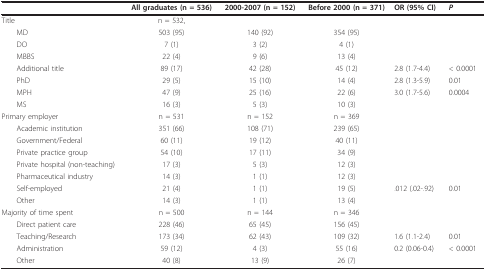
<table><thead><tr><td>[EMPTY_CELL]</td><td><b>All graduates (n = 536)</b></td><td><b>2000-2007 (n = 152)</b></td><td><b>Before 2000 (n = 371)</b></td><td><b>OR (95% CI)</b></td><td><b><i>P</i></b></td></tr></thead><tbody><tr><td>Title</td><td>n = 532,</td><td>[EMPTY_CELL]</td><td>[EMPTY_CELL]</td><td>[EMPTY_CELL]</td><td>[EMPTY_CELL]</td></tr><tr><td> MD</td><td>503 (95)</td><td>140 (92)</td><td>354 (95)</td><td>[EMPTY_CELL]</td><td>[EMPTY_CELL]</td></tr><tr><td> DO</td><td>7 (1)</td><td>3 (2)</td><td>4 (1)</td><td>[EMPTY_CELL]</td><td>[EMPTY_CELL]</td></tr><tr><td> MBBS</td><td>22 (4)</td><td>9 (6)</td><td>13 (4)</td><td>[EMPTY_CELL]</td><td>[EMPTY_CELL]</td></tr><tr><td> Additional title</td><td>89 (17)</td><td>42 (28)</td><td>45 (12)</td><td>2.8 (1.7-4.4)</td><td>&lt; 0.0001</td></tr><tr><td> PhD</td><td>29 (5)</td><td>15 (10)</td><td>14 (4)</td><td>2.8 (1.3-5.9)</td><td>0.01</td></tr><tr><td> MPH</td><td>47 (9)</td><td>25 (16)</td><td>22 (6)</td><td>3.0 (1.7-5.6)</td><td>0.0004</td></tr><tr><td> MS</td><td>16 (3)</td><td>5 (3)</td><td>10 (3)</td><td>[EMPTY_CELL]</td><td>[EMPTY_CELL]</td></tr><tr><td>Primary employer</td><td>n = 531</td><td>n = 152</td><td>n = 369</td><td>[EMPTY_CELL]</td><td>[EMPTY_CELL]</td></tr><tr><td> Academic institution</td><td>351 (66)</td><td>108 (71)</td><td>239 (65)</td><td>[EMPTY_CELL]</td><td>[EMPTY_CELL]</td></tr><tr><td> Government/Federal</td><td>60 (11)</td><td>19 (12)</td><td>40 (11)</td><td>[EMPTY_CELL]</td><td>[EMPTY_CELL]</td></tr><tr><td> Private practice group</td><td>54 (10)</td><td>17 (11)</td><td>34 (9)</td><td>[EMPTY_CELL]</td><td>[EMPTY_CELL]</td></tr><tr><td> Private hospital (non-teaching)</td><td>17 (3)</td><td>5 (3)</td><td>12 (3)</td><td>[EMPTY_CELL]</td><td>[EMPTY_CELL]</td></tr><tr><td> Pharmaceutical industry</td><td>14 (3)</td><td>1 (1)</td><td>12 (3)</td><td>[EMPTY_CELL]</td><td>[EMPTY_CELL]</td></tr><tr><td> Self-employed</td><td>21 (4)</td><td>1 (1)</td><td>19 (5)</td><td>.012 (.02-.92)</td><td>0.01</td></tr><tr><td> Other</td><td>14 (3)</td><td>1 (1)</td><td>13 (4)</td><td>[EMPTY_CELL]</td><td>[EMPTY_CELL]</td></tr><tr><td>Majority of time spent</td><td>n = 500</td><td>n = 144</td><td>n = 346</td><td>[EMPTY_CELL]</td><td>[EMPTY_CELL]</td></tr><tr><td> Direct patient care</td><td>228 (46)</td><td>65 (45)</td><td>156 (45)</td><td>[EMPTY_CELL]</td><td>[EMPTY_CELL]</td></tr><tr><td> Teaching/Research</td><td>173 (34)</td><td>62 (43)</td><td>109 (32)</td><td>1.6 (1.1-2.4)</td><td>0.01</td></tr><tr><td> Administration</td><td>59 (12)</td><td>4 (3)</td><td>55 (16)</td><td>0.2 (0.06-0.4)</td><td>&lt; 0.0001</td></tr><tr><td> Other</td><td>40 (8)</td><td>13 (9)</td><td>26 (7)</td><td>[EMPTY_CELL]</td><td>[EMPTY_CELL]</td></tr></tbody></table>